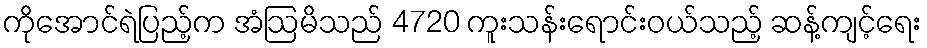
ကိုအောင်ရဲပြည့်က အံဩမိသည် 4720 ကူးသန်းရောင်းဝယ်သည့် ဆန့်ကျင့်ရေး